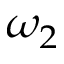
\omega _ { 2 }